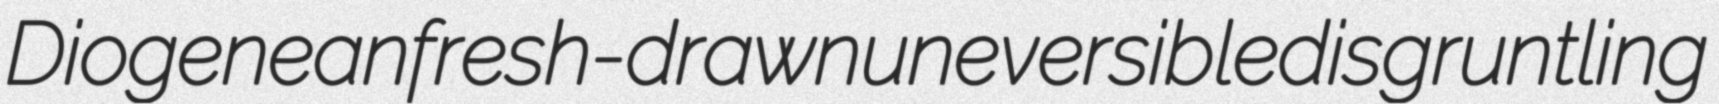
Diogenean fresh-drawn uneversible disgruntling